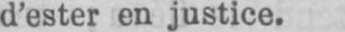
d’ester en justice.